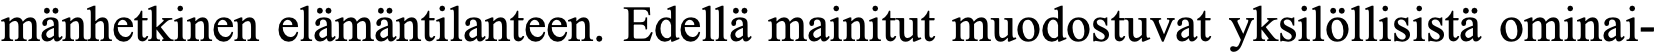
mänhetkinen elämäntilanteen. Edellä mainitut muodostuvat yksilöllisistä ominai-